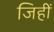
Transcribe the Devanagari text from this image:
जिहीं